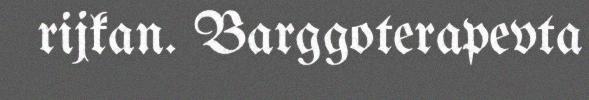
rijkan. Barggoterapevta